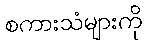
စကားသံများကို